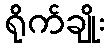
ရိုက်ချိုး